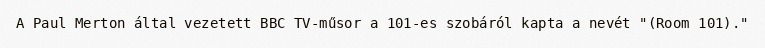
A Paul Merton által vezetett BBC TV-műsor a 101-es szobáról kapta a nevét "(Room 101)."